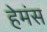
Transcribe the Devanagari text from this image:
हेमंस